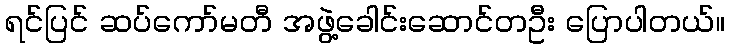
ရင်ပြင် ဆပ်ကော်မတီ အဖွဲ့ခေါင်းဆောင်တဦး ပြောပါတယ်။